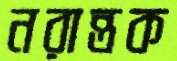
নরান্তক